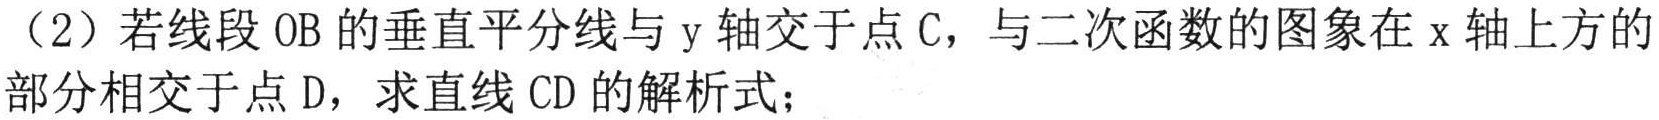
（2）若线段 \(OB\) 的垂直平分线与 \(y\) 轴交于点 \(C\)，与二次函数的图象在 \(x\) 轴上方的部分相交于点 \(D\)，求直线 \(CD\) 的解析式；